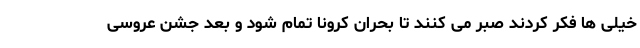
خیلی ها فکر کردند صبر می کنند تا بحران کرونا تمام شود و بعد جشن عروسی